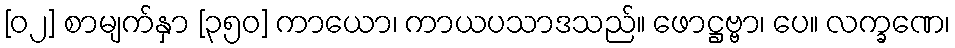
[၀၂] စာမျက်နှာ [၃၅၀] ကာယော၊ ကာယပသာဒသည်။ ဖောဋ္ဌဗ္ဗာ၊ ပေ။ လက္ခဏေ၊